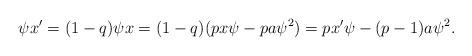
LaTeX: \begin{align*}\psi x' = (1-q)\psi x = (1-q)(p x \psi -p a \psi^{2}) = p x' \psi - (p-1) a \psi^2 .\end{align*}